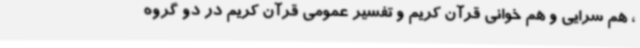
، هم سرایی و هم خوانی قرآن کریم و تفسیر عمومی قرآن کریم در دو گروه